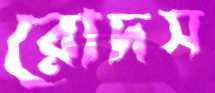
রোদস